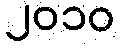
၂၀၁၀